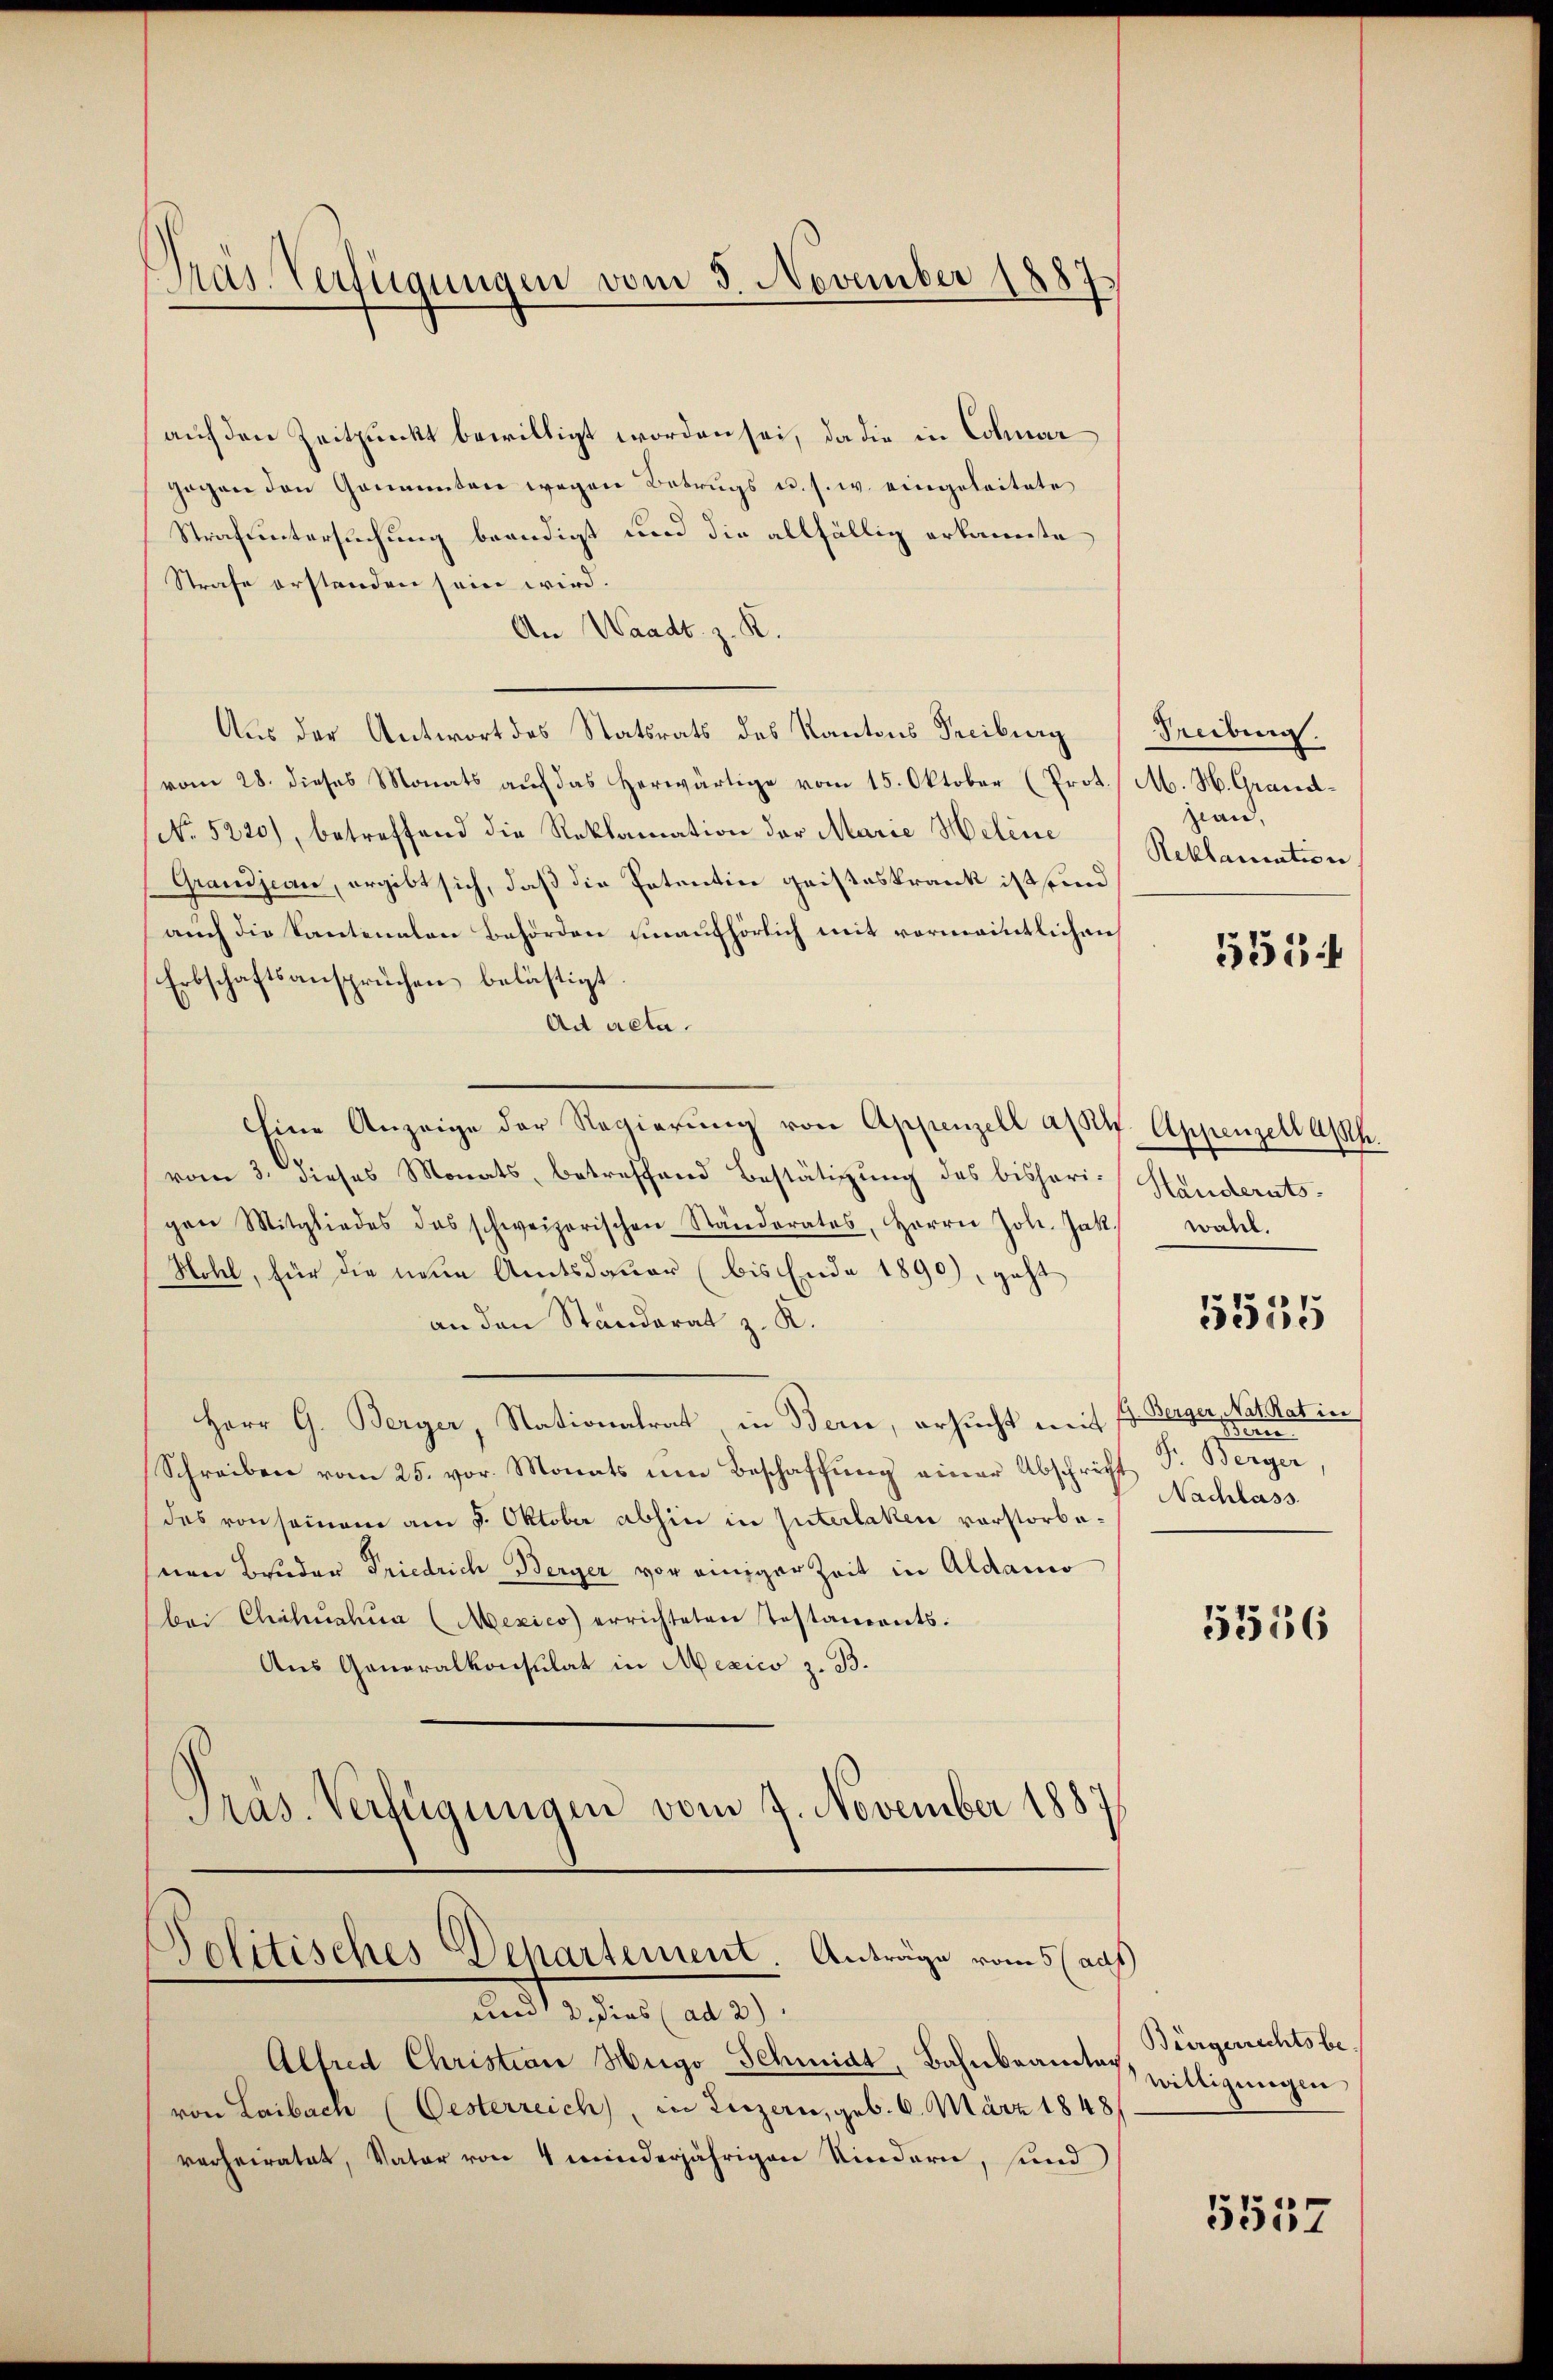
auf den Zeitpunkt bewilligt worden sei, da die in Cohnar
gegen den Genannten wegen Betrugs u. s. w. eingeleitete
Strafuntersuchung beendigt und die allfällig erkannte
Strafe erstenden sein wird.
An Waadt. z. R.
Aus der Antwort des Statsrats des Kantons Freiburg
vom 28. dieses Monats auf das herwärtige vom 15. Oktober (Prot. / M. H. Grand¬
No 5220), betreffend die Reklamation der Marie Heline Reklamation.
Grandjean, ergibt sich, daß die Patentin geisteskrank ist und
auch die Kantonalen Behörden hinaufhörlich mit vormanntlichen
Erbschaftsanspruchen belästigt.
Ad acta.
Eine Anzeige der Regierŭng von Appenzell alt. Appenzell Asth.
vom 3. dieses Monats, betreffend Bestätigung des bisheri-Handerats-
gen Mitgliedes das schweizerischen Ständerates, Herrn Joh. Jak. wahl.
Hohl, für die neue Amtsdauer (bis Ende 1890), geht
an den Standerat z. K.
Herr G. Berger, Nationalrat in Bern, ersucht mit
Schreiben vom 25. vor. Monats um Beschaffung einer Abschrift F. Berger
das von seinem am 5. Oktober abhin in Interlaken vorstorbenen Bruder Friedrich Berger vor einiger Zeit in Aldano
bei Chahuahia (Mexico errichteten Testaments.
Aus Generalkonsulat in Mexico z. B.
Pras. Verfügungen vom 7. November 1887

Pras Verfügungen vom 3. November 1887

Politisches Departement. Anträge vom 5 (aus

und 3 dies (ad 3)
Alfred Christian Hugo Schmidt, Bahnbeamtes willigungen
von Laibach (Oesterreich, in Luzern, geb. 6. März 1848
verheiratet, Vater von 4 minderjährigen Kindern, sind

Treiburg.
jean,
1524

G. Berger, Nat. Rat in
Benne
Nachlass

5535

5556

Bürgerrechtsbe¬

5557